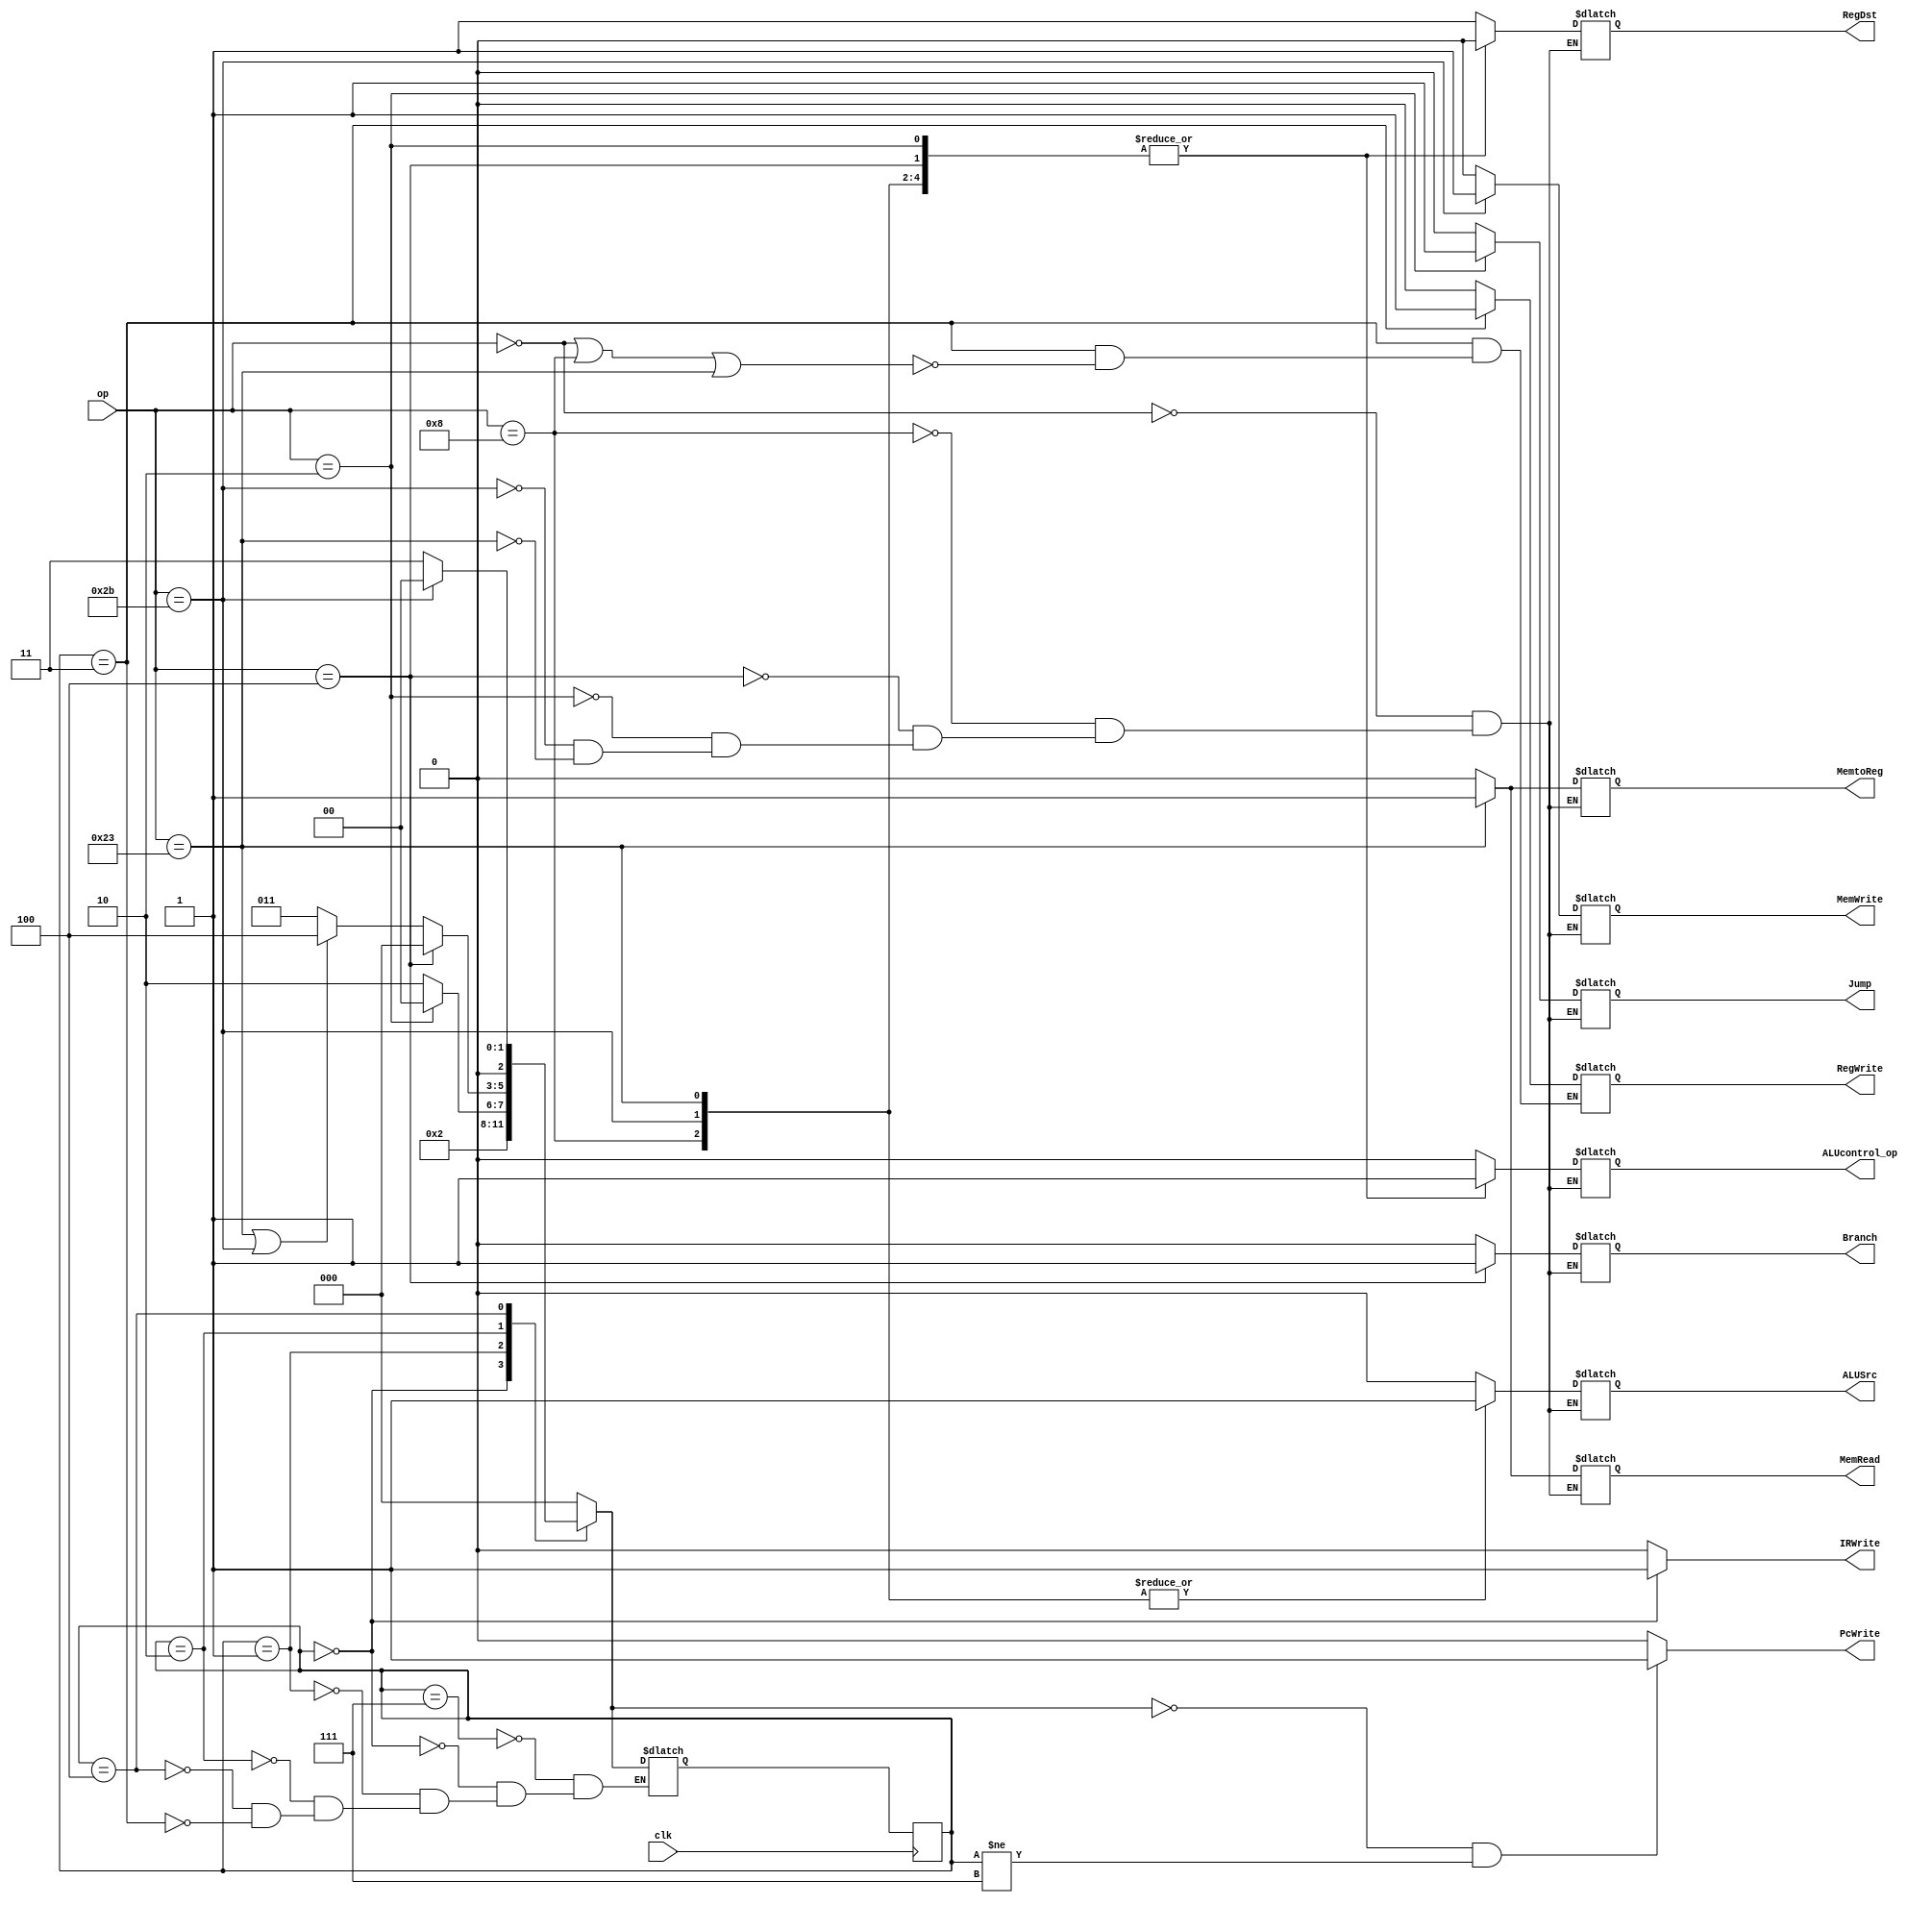
`timescale 1ns / 1ps


module CU(
    input[5:0] op,
    input clk,

    output  reg RegDst,     //0rt1rd
                Jump,       //
                Branch,     //
                MemRead,    //MEM
                MemtoReg,   //reg0alu_result1MEM
                MemWrite,   //MEM
                ALUSrc,     //0ALUBdata21
                RegWrite,   //
                PcWrite,    //pc1
                IRWrite,    //ir
    output reg  ALUcontrol_op   //alu
    );
    
    reg [2:0] state = 3'b111, nextState = 3'b000;    //
    //
    parameter [2:0] initState = 3'b111,
                   IF = 3'b000,
                   ID = 3'b001,
                   EXE = 3'b010,
                   MEM = 3'b100,
                   WB = 3'b011;
                 
    // initial begin
    //    state = 3'b111;
       
    // end
      
   //                
    always@(state or op) begin
        case(state)
            initState : nextState = IF;
            IF: nextState = ID;
            ID: begin
                if(op == 6'b000010) nextState = IF; //j
                    else nextState = EXE;
                end
            EXE: begin 
                if(op == 6'b000100) begin //beq
                    nextState = IF;
                end else if(op == 6'b100011 || op == 6'b101011)  //sw,lw
                    nextState = MEM;
                else nextState = WB;
                end
            MEM: begin
                if(op == 6'b101011) //sw
                    nextState = IF;
                else   //lw
                    nextState = WB;
                    end
            WB: nextState = IF;
        endcase
       
       
        // PcWrite 
        if(nextState == IF && state != initState) begin
            PcWrite = 1;
        end else begin
            PcWrite = 0;
        end

        // IRWrite
        if(state == IF) begin
            IRWrite = 1;
        end else begin
            IRWrite = 0;
        end
        
        if(state == WB) begin
            if(op == 6'b000000 || op == 6'b001000 || op == 6'b100011)     //R,addi,lw
                RegWrite = 1;
        end else RegWrite = 0;


        case(op) 
            6'b000000: begin  //R
                RegDst = 1; Jump = 0; Branch = 0; MemRead =  0; MemtoReg = 0; ALUcontrol_op =  0;  MemWrite = 0; ALUSrc = 0;

            end
        
            6'b001000: begin    //I addi
                RegDst = 0; Jump = 0; Branch = 0; MemRead =  0; MemtoReg = 0; ALUcontrol_op =  1;  MemWrite = 0; ALUSrc = 1;

            end
            6'b000100: begin   //beq
                RegDst = 0; Jump = 0; Branch = 1; MemRead =  0; MemtoReg = 0; ALUcontrol_op =  1;  MemWrite = 0; ALUSrc = 0;
            end
            
            6'b000010: begin   // j
                RegDst = 0; Jump = 1; Branch = 0; MemRead =  0; MemtoReg = 0; ALUcontrol_op =  1;  MemWrite = 0; ALUSrc = 0;

            end
            
            6'b101011: begin    //sw
                RegDst = 0; Jump = 0; Branch = 0; MemRead = 0; MemtoReg = 0; ALUcontrol_op =  1;  MemWrite = 1; ALUSrc = 1;

            end
            
            6'b100011: begin    //lw
                RegDst = 0; Jump = 0; Branch = 0; MemRead = 1; MemtoReg = 1; ALUcontrol_op =  1;  MemWrite = 0; ALUSrc = 1;

            end
        endcase
   end


always@(posedge clk) begin
       state = nextState;
    end
endmodule